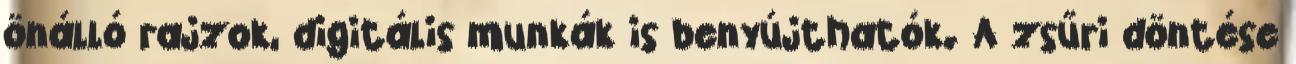
önálló rajzok, digitális munkák is benyújthatók. A zsűri döntése